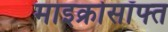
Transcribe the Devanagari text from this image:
माइक्रोसॉफ्त